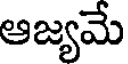
ఆజ్యమే